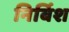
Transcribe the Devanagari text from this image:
निर्बिश